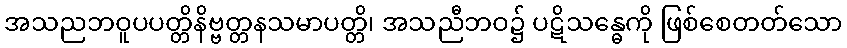
အသညဘဝူပပတ္တိနိဗ္ဗတ္တနသမာပတ္တိ၊ အသညီဘဝ၌ ပဋိသန္ဓေကို ဖြစ်စေတတ်သော